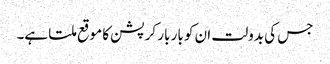
جس کی بدولت ان کو بار بار کرپشن کا موقع ملتا ہے۔